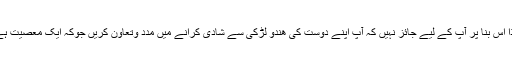
لھذا اس بنا پر آپ کے لیے جائز نہیں کہ آپ اپنے دوست کی ھندو لڑکی سے شادی کرانے میں مدد وتعاون کریں جوکہ ایک معصیت ہے ۔